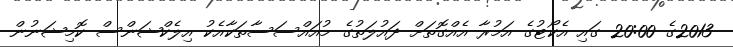
2013ގެ 20:00 ގައި އެކޯޓުގެ އަމުރާ އެއްގޮތަށް ދައުލަތުގެ މުއައްސަސާތަކާއެކު އިލެކްޝަންސް ކޮމިޝަނުން